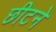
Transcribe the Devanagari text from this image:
छीटने